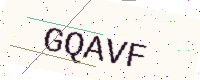
Text: GQAVF